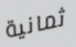
ثمانية